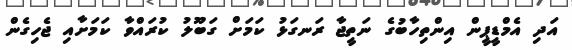
އަދި އެމްޑީޕީން އިންތިހާބުގެ ނަތީޖާ ރަނގަޅު ކަމަށް ގަބޫލު ކުރައްވާ ކަމަށާއި ޖެހިގެން